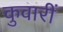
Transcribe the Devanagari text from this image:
कुवारीं